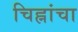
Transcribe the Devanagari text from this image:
चिह्नांचा